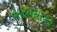
બરવાસાગર